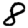
Digit: 8